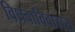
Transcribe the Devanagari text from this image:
विधवाविवाहास